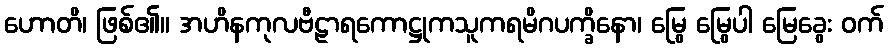
ဟောတိ၊ ဖြစ်၏။ အဟိနကုလဗီဠာရကောဋ္ဌုကသူကရမိဂပက္ခိနော၊ မြွေ မြွေပါ မြေခွေး ဝက်